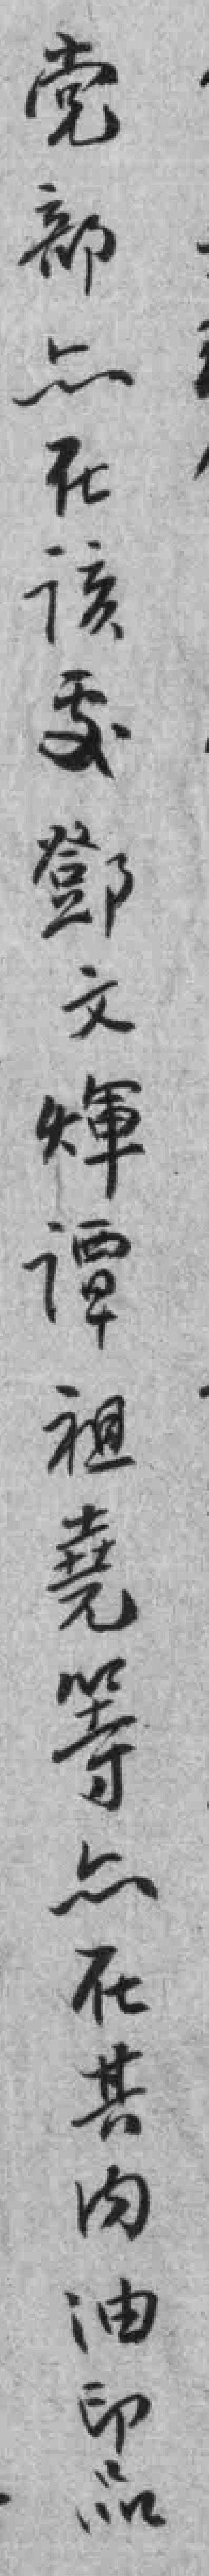
党部*在该處鄧文輝谭祖堯等众在其内油印品